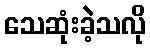
သေဆုံးခဲ့သလို